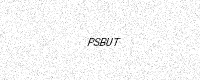
Text: PSBUT